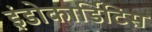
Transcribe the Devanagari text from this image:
इंडोकार्डिटिस